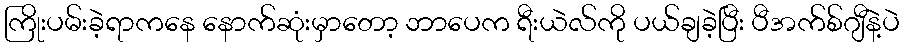
ကြိုးပမ်းခဲ့ရာကနေ နောက်ဆုံးမှာတော့ ဘာပေက ရီးယဲလ်ကို ပယ်ချခဲ့ပြီး ပီအက်စ်ဂျီနဲ့ပဲ